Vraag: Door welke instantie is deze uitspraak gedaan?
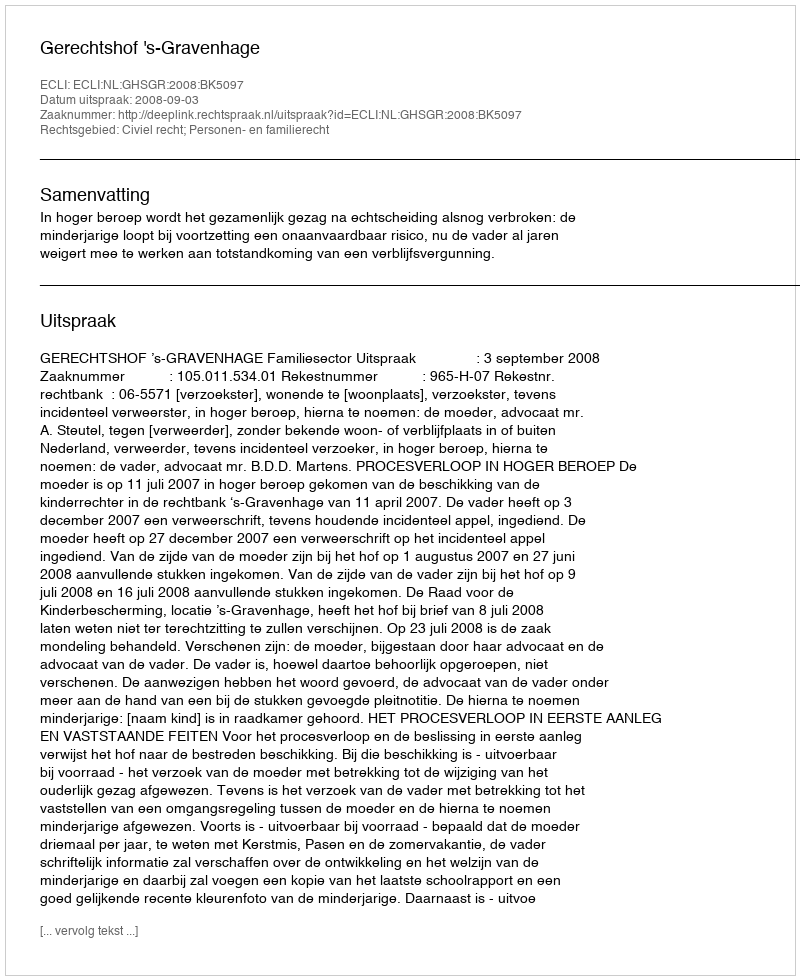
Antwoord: Gerechtshof 's-Gravenhage